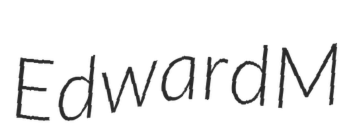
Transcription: Edward M